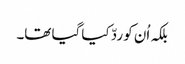
بلکہ اُن کو ردّ کیا گیا تھا۔